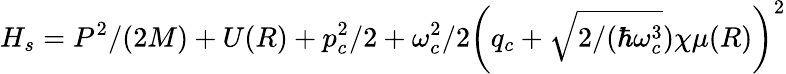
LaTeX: H_{s}=P^{2}/(2M)+U(R)+p_{c}^{2}/2+\omega_{c}^{2}/2\left(q_{c}+\sqrt{2/(\hbar\omega_{c}^{3}})\chi\mu(R)\right)^{2}